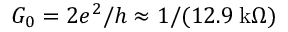
G _ { 0 } = { 2 e ^ { 2 } } / { h } \approx 1 / ( 1 2 . 9 \: \mathrm { k } \Omega )